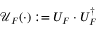
\mathcal { U } _ { F } ( \cdot ) : = U _ { F } \cdot U _ { F } ^ { \dagger }